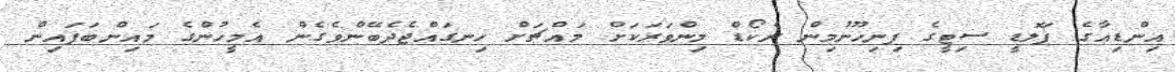
އިންޑިއާގެ ފަލޮޑީ ސިޓީގެ ފިނިހޫނުމިން ރެކޯޑް މިންވަރަކަށް މައްޗަށް ހިނގައްޖެދެބޭންވެގެން އެމީހުންގެ މައިންބަފައިން